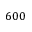
6 0 0